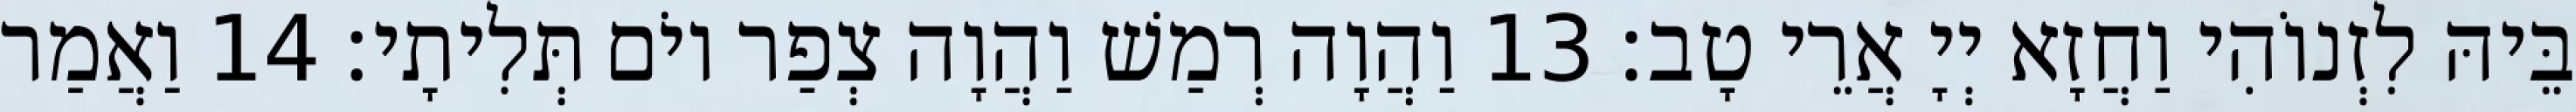
בֵּיהּ לִזְנוֹהִי וַחֲזָא יְיָ אֲרֵי טָב׃ 13 וַהֲוָה רְמַשׁ וַהֲוָה צְפַר יוֹם תְּלִיתָי׃ 14 וַאֲמַר